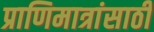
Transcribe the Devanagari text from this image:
प्राणिमात्रांसाठी